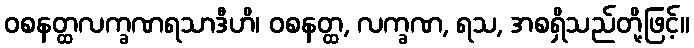
ဝစနတ္ထလက္ခဏရသာဒီဟိ၊ ဝစနတ္ထ, လက္ခဏ, ရသ, အစရှိသည်တို့ဖြင့်။